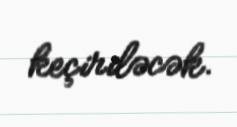
keçiriləcək.